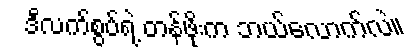
ဒီလက်စွပ်ရဲ့ တန်ဖိုးက ဘယ်လောက်လဲ။